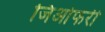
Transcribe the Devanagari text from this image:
जिओफरी